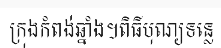
ក្រុងកំពង់ឆ្នាំង។ពិធីបុណ្យទន្លេ